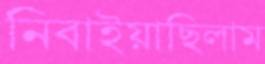
নিবাইয়াছিলাম